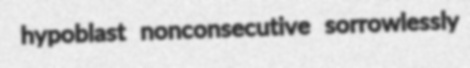
hypoblast nonconsecutive sorrowlessly